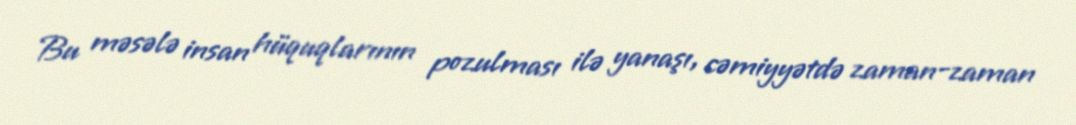
Bu məsələ insan hüquqlarının pozulması ilə yanaşı, cəmiyyətdə zaman-zaman